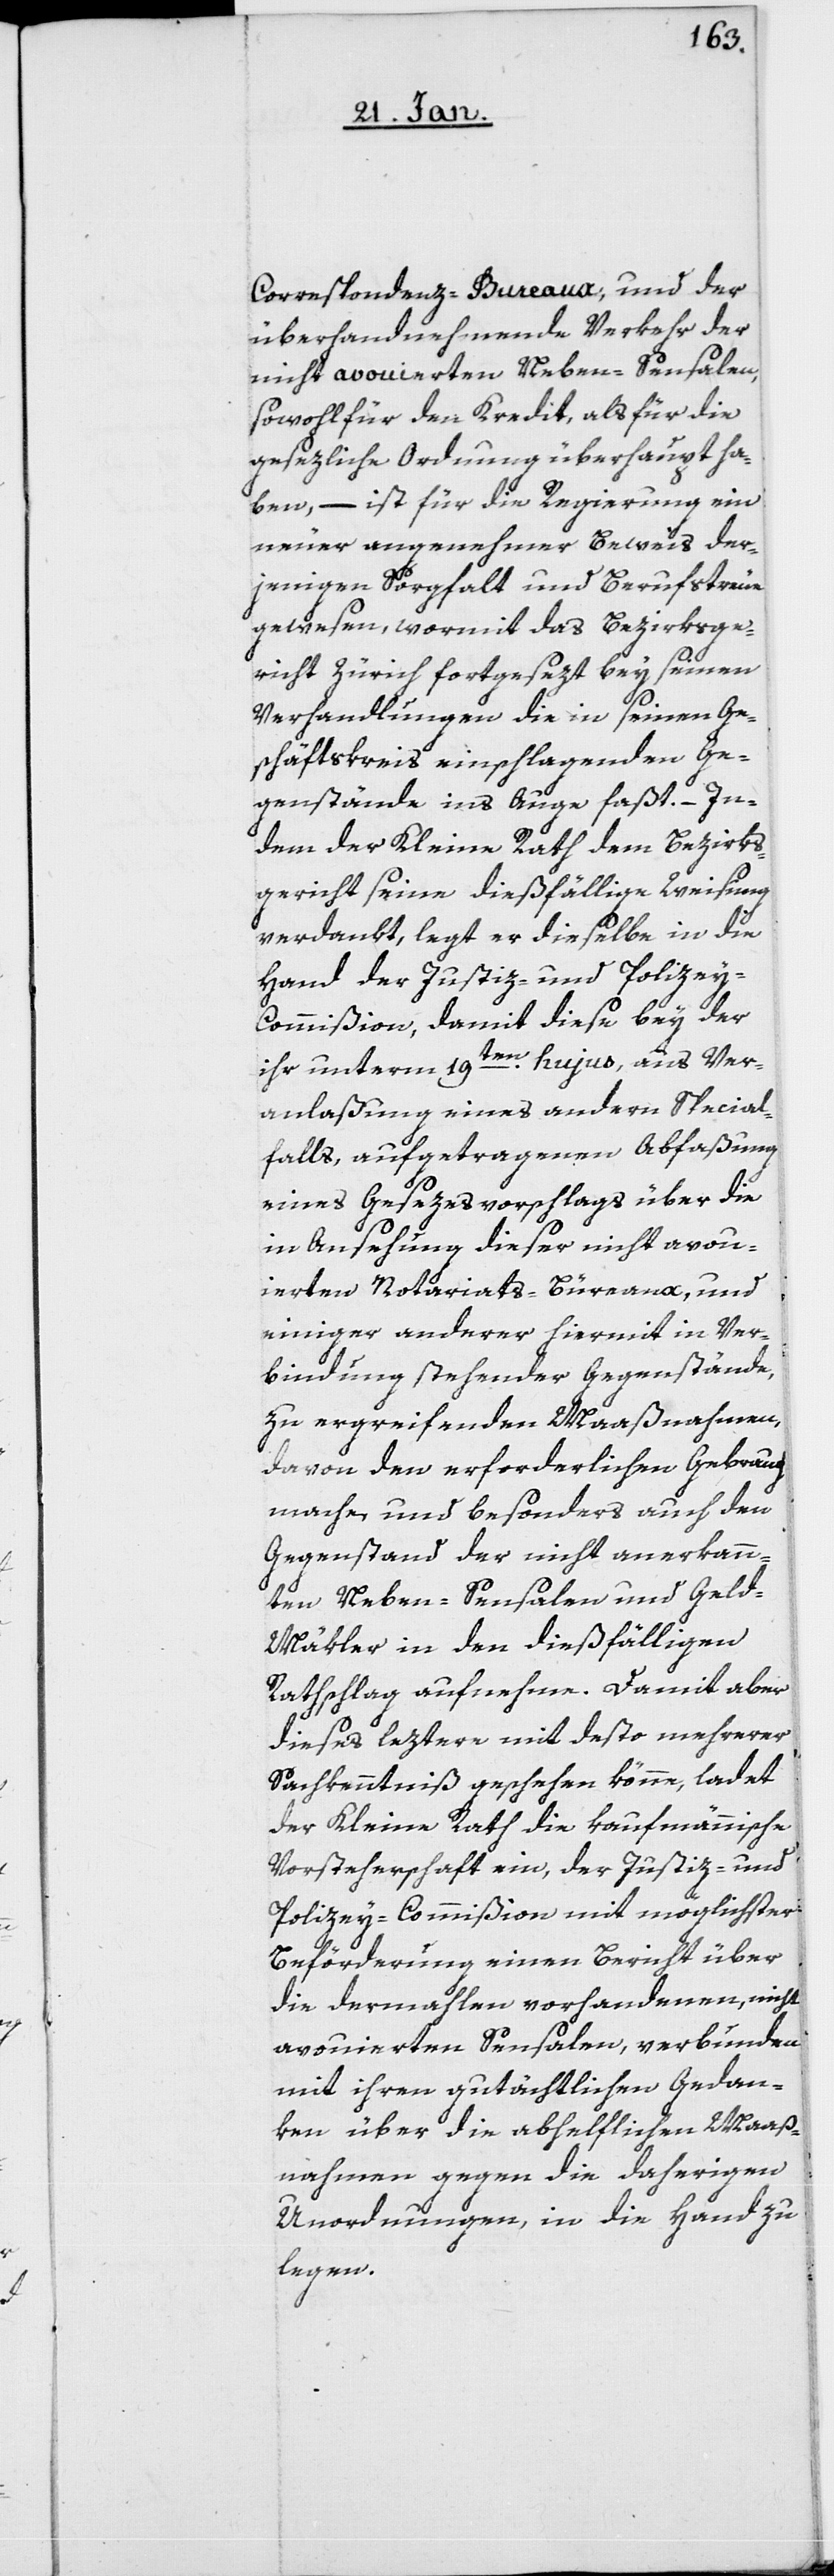
Correspondenz-Bureaux, und der
überhandnehmende Verkehr der
nicht avouierten Neben-Sensalen,
sowohl für den Kredit, als für die
gesezliche Ordnung überhaupt ha¬
ben, – ist für die Regierung ein
neuer angenehmer Beweis der¬
jenigen Sorgfalt und Berufstreue
gewesen, wormit das Bezirksge¬
richt Zürich fortgesezt bey seinen
Verhandlungen die in seinem Ge¬
schäftskreis einschlagenden Ge¬
genstände ins Auge faßt. – In¬
dem der Kleine Rath dem Bezirks¬
gericht seine dießfällige Weisung
verdankt, legt er dieselbe in die
Hand der Justiz- und Polizey-C¬
ommißion, damit diese bey der
ihr unterm 19ten. hujus, aus Ver¬
anlaßung eines andern Special¬
falls, aufgetragenen Abfaßung
eines Gesetzesvorschlags über die
in Ansehung dieser nicht avou¬
ierten Notariats-Buèreaux, und
einiger anderer hiermit in Ver¬
bindung stehender Gegenstände,
zu ergreifenden Maaßnahmen,
davon den erforderlichen Gebrauch
mache, und besonders auch den
Gegenstand der nicht anerkann¬
ten Neben-Sensalen und Gel¬
d-Mäkler in den dießfälligen
Rathschlag aufnehme. Damit aber
dieses leztere mit desto mehrerer
Sachkenntniß geschehen könne, ladet
der Kleine Rath die kaufmännische
Vorsteherschaft ein, der Justiz- und
Polizey-Commißion mit möglichster
Beförderung einen Bericht über
die dermahlen vorhandenen, nicht
avouierten Sensalen, verbunden
mit ihren gutächtlichen Gedan¬
ken über die abhelflichen Maaß¬
nahmen gegen die daherigen
Unordnungen, in die Hand zu
legen.